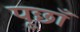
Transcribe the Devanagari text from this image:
पूछाँ